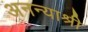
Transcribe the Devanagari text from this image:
अनन्याश्री